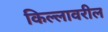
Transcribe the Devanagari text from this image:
किल्लावरील